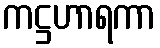
ကဋ္ဌဟာရကာ